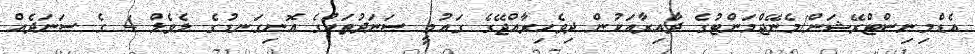
އެޑްމިނިސްޓްރޭޝަން/މެނޭޖްމަންޓުގެ ދާއިރާއަކުން ދިވެހިރާއްޖޭގެ ގައުމީ ސަނަދުތަކުގެ އޮނިގަނޑުގެ ލެވެލް 4 ގެ ސަނަދެއް